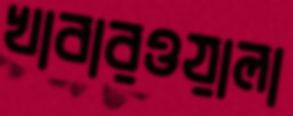
খাবারওয়ালা